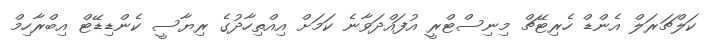
ކަލްޗަރަލް އެންޑް ހެރިޓޭޗް މިނިސްޓްރީ އުފައްދަވާނެ ކަމަށް އިއްތިހާދުގެ ރިޔާސީ ކެންޑިޑޭޓް އިބްރާހިމް